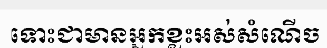
ទោះជាមានអ្នកខ្លះអស់សំណើច